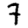
Digit: 7